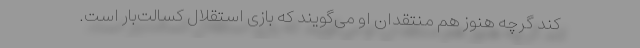
کند گرچه هنوز هم منتقدان او می‌گویند که بازی استقلال کسالت‌بار است.